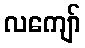
လကျော်